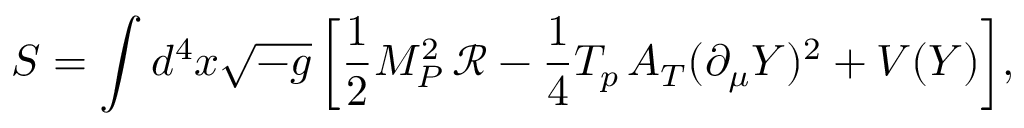
S = \int { d ^ { 4 } x \sqrt { - g } \left[ \frac { 1 } { 2 } M _ { P } ^ { 2 } \, \mathcal { R } - \frac { 1 } { 4 } T _ { p } \, A _ { T } ( \partial _ { \mu } Y ) ^ { 2 } + V ( Y ) \right] } ,